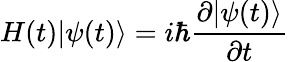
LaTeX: H(t)|\psi(t)\rangle=i\hbar{\frac{\partial|\psi(t)\rangle}{\partial t}}